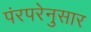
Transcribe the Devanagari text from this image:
पंरपरेनुसार